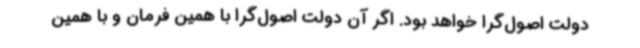
دولت اصول‌گرا خواهد بود. اگر آن دولت اصول‌گرا با همین فرمان و با همین